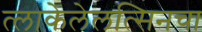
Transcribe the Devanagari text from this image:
त्लाकेलेलत्सिनचा